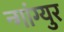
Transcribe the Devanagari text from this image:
न्गांग्युर